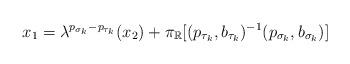
LaTeX: \begin{align*} x_{1}=\lambda ^{p_{\sigma _{k}}-p_{\tau _{k}}}(x_{2})+\pi _{\mathbb{R}}[(p_{\tau _{k}},b_{\tau _{k}})^{-1}(p_{\sigma _{k}},b_{\sigma _{k}})]\end{align*}